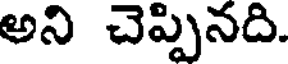
అని చెప్పినది.